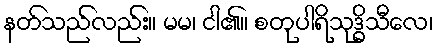
နတ်သည်လည်း။ မမ၊ ငါ၏။ စတုပါရိသုဒ္ဓိသီလေ၊